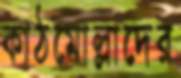
কাঠমোল্লাদের